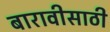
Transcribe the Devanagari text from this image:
बारावीसाठी